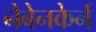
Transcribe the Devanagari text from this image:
नेबेनकेर्न